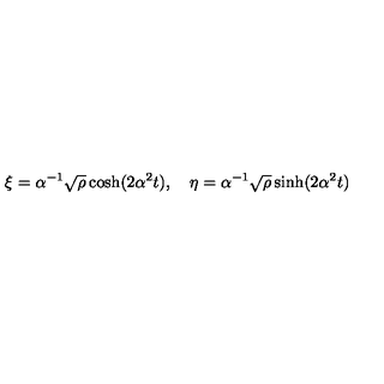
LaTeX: \xi = \alpha ^ { - 1 } \sqrt { \rho } \cosh ( 2 \alpha ^ { 2 } t ) , \quad \eta = \alpha ^ { - 1 } \sqrt { \rho } \sinh ( 2 \alpha ^ { 2 } t )